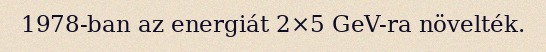
1978-ban az energiát 2×5 GeV-ra növelték.